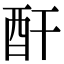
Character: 酐